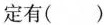
定有( )